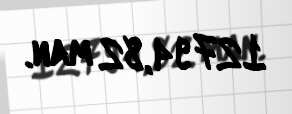
12794,82 man.